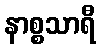
နာစ္စသာရီ